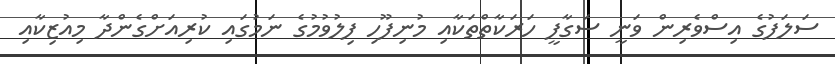
ސަލަފުގެ އިސްވެރިން ވަނީ ސަގާފީ ހަރަކާތްތަކާއި މުނިފޫހި ފިލުވުމުގެ ނަމުގައި ކުރިއަށްގެންދާ މިއުޒިކާއި